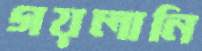
গয়লানি